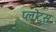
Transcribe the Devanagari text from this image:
प्लोट्स